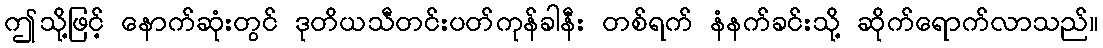
ဤသို့ဖြင့် နောက်ဆုံးတွင် ဒုတိယသီတင်းပတ်ကုန်ခါနီး တစ်ရက် နံနက်ခင်းသို့ ဆိုက်ရောက်လာသည်။